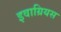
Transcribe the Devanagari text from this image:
इवाग्रियस